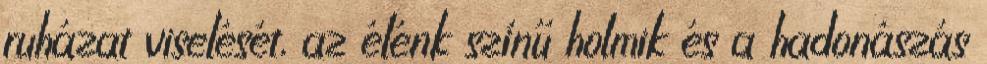
ruházat viselését, az élénk színű holmik és a hadonászás